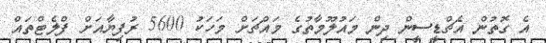
އެ ގޮތުން އެޗްޑީސީން ދިން މައުލޫމާތުގެ މައްޗަށް މަހަކު 5600 ރުފިޔާއަށް ފްލެޓްތައް